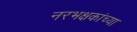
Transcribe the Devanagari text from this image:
नरभक्षकांच्या